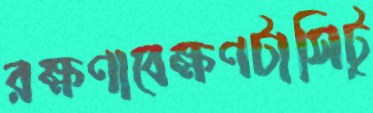
রক্ষণাবেক্ষণটাসিটু